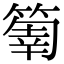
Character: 𥰬